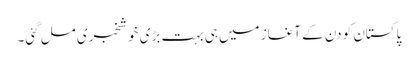
پاکستان کو دن کے آغاز میں ہی بہت بڑی خوشخبری مل گئی۔